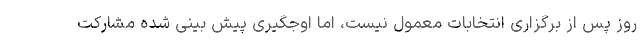
روز پس از برگزاری انتخابات معمول نیست، اما اوجگیری پیش بینی شده مشارکت